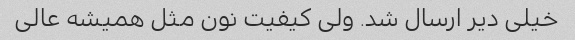
خیلی دیر ارسال شد. ولی کیفیت نون مثل همیشه عالی